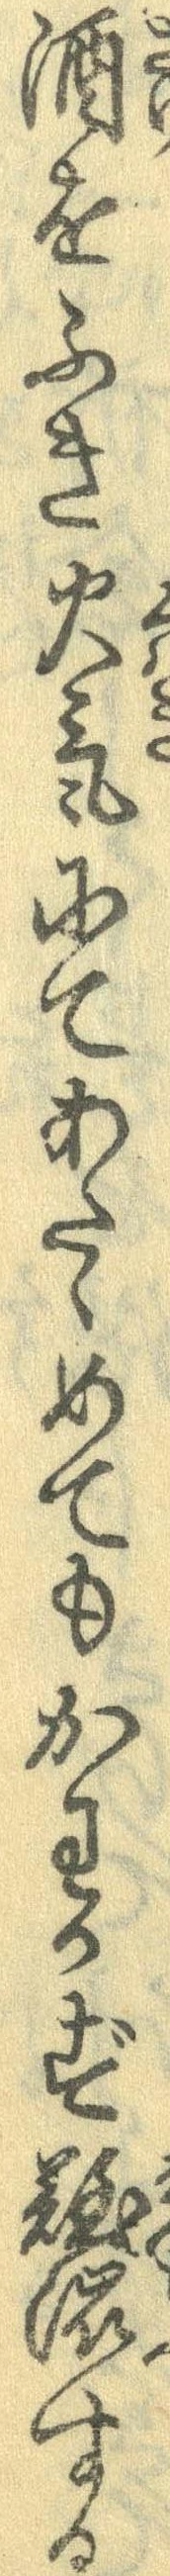
酒をふき火気にてあたゝめてもかわかず難渋する